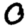
Digit: 0